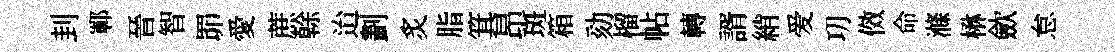
刲鄆晉智𦊑愛蔗𠏉迨劃炙脂箕昂斑箱劾榴帖轉諝綃爱㓛傚命滌楙歛怠